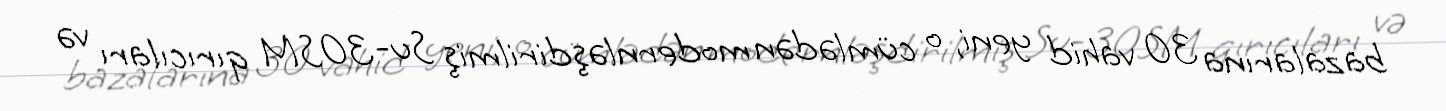
bazalarına 30 vahid yeni, o cümlədən modernləşdirilmiş Su-30SM qırıcıları və